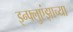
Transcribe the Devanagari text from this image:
इन्फ्लुएंझाच्या